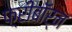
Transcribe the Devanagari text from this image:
फ़्रीबॉर्न